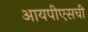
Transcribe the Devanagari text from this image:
आयपीएसची